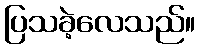
ပြသခဲ့လေသည်။